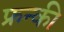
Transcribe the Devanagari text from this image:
फ्रन्की